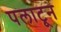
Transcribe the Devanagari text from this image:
पलाटून